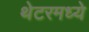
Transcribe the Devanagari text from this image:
थेटरमध्ये